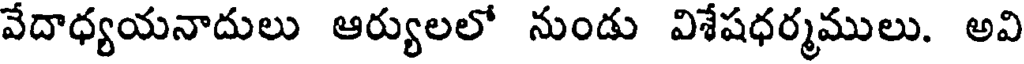
వేదాధ్యయనాదులు ఆర్యులలో నుండు విశేషధర్మములు. అవి